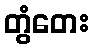
တွံတေး